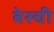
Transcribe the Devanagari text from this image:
बेस्ची